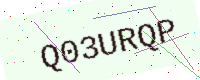
Text: Q03URQP